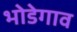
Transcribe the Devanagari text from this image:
भोडेगाव